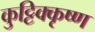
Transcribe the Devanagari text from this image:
कुट्टिक्कृष्ण